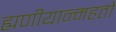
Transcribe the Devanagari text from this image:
ह्यणीयान्महतो